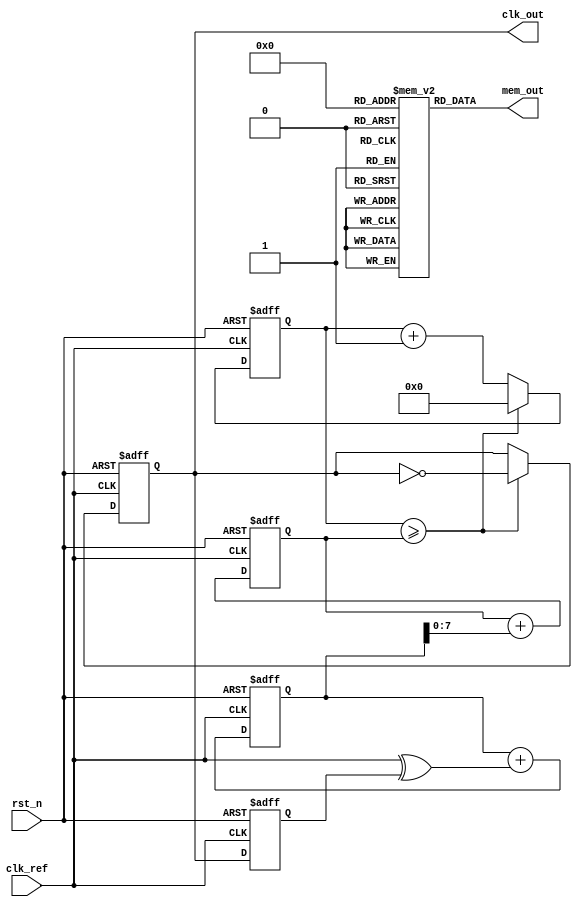
module pll(
    input wire clk_ref,         // Reference clock input
    input wire rst_n,          // Active-low reset
    output reg clk_out,        // Output clock signal
    output wire [7:0] mem_out  // Data output from memory blocks
);

// Phase Detector (PD)
reg clk_out_d;               // Delayed output clock
wire phase_error;            // Phase error signal
always @(posedge clk_ref or negedge rst_n) begin
    if (!rst_n) begin
        clk_out_d <= 0;
    end else begin
        clk_out_d <= clk_out; // Store delayed output clock
    end
end

assign phase_error = clk_ref ^ clk_out_d; // Simple XOR phase detector

// Loop Filter (LF)
reg [15:0] integral;          // Integral component of the loop filter
always @(posedge clk_ref or negedge rst_n) begin
    if (!rst_n) begin
        integral <= 0;
    end else begin
        integral <= integral + {15'h0, phase_error}; // Integrate error
    end
end

// Voltage-Controlled Oscillator (VCO)
reg [7:0] vco_freq;           // VCO frequency control
always @(posedge clk_ref or negedge rst_n) begin
    if (!rst_n) begin
        vco_freq <= 8'd100;    // Default frequency
    end else begin
        vco_freq <= vco_freq + integral[7:0]; // Adjust VCO frequency
    end
end

// Generate output clock based on VCO frequency
reg [7:0] clk_div;            // Clock divider
always @(posedge clk_ref or negedge rst_n) begin
    if (!rst_n) begin
        clk_div <= 0;
        clk_out <= 0;
    end else begin
        clk_div <= clk_div + 1;
        if (clk_div >= vco_freq) begin
            clk_out <= ~clk_out;   // Toggle output clock
            clk_div <= 0;          // Reset divider
        end
    end
end

// Memory Blocks
reg [7:0] memory [0:15];      // Simple memory block
initial begin
    memory[0] = 8'd50;         // Example configuration parameter
    memory[1] = 8'd70;         // Example configuration parameter
    // ... additional memory initialization
end

assign mem_out = memory[0];   // Output parameter from memory

endmodule